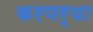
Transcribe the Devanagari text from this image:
करणर्‍या